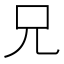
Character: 兄